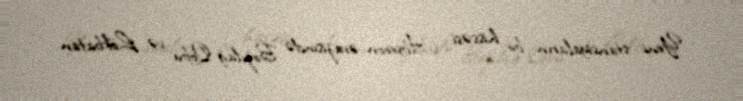
Yeni stansiyaların bir hissəsi Abşeron ərazisində Bozdağ-Qobu və Lökbatan